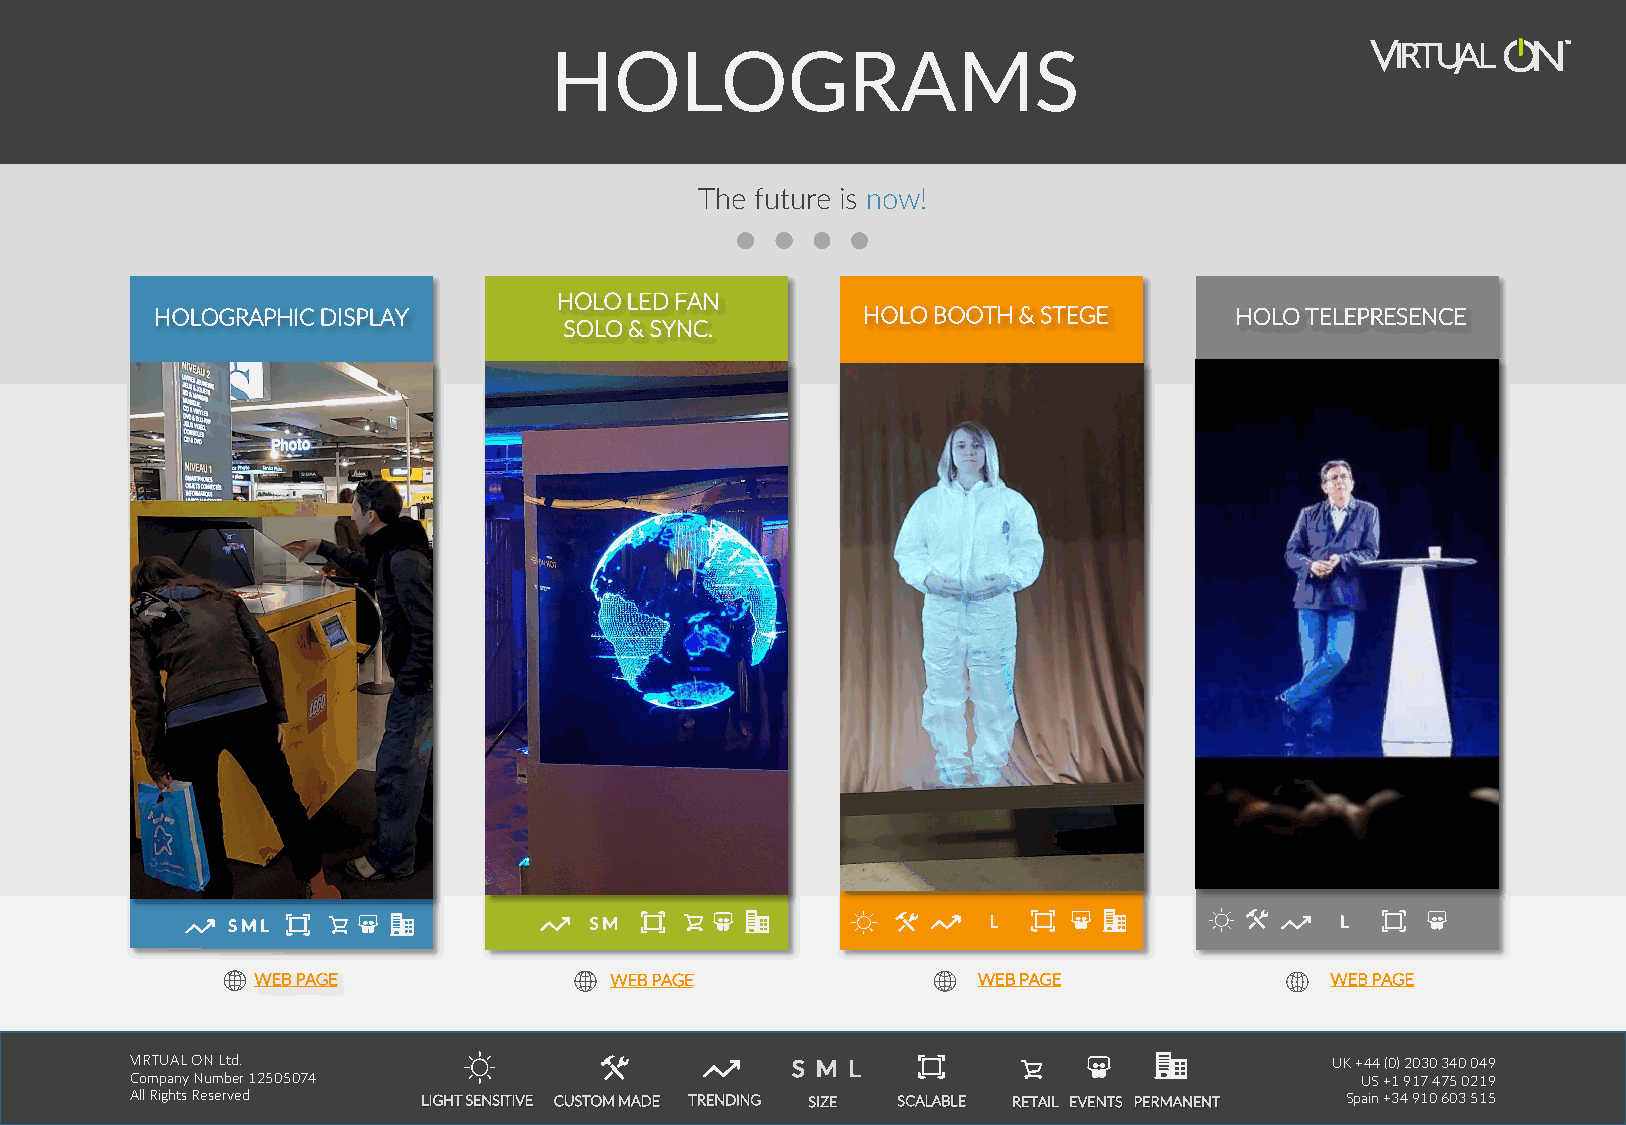
HOLOGRAMS
 The future is now!
 HOLO LED FAN
 HOLOGRAPHIC DISPLAY                            HOLO BOOTH & STEGE       HOLO TELEPRESENCE
 SOLO & SYNC.
 S M L                   S M                       L                       L
 WEB PAGE               WEB PAGE                 WEB PAGE               WEB PAGE
 VIRTUAL ON Ltd.                            SS MM LL                            UK +44 (0) 2030 340 049
 Company Number 12505074                                                          US +1 917 475 0219
 All Rights Reserved LIGHT SENSITIVE CUSTOM MADE TRENDING SIZE SCALABLE RETAIL EVENTS PERMANENT Spain +34 910 603 515